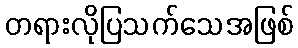
တရားလိုပြသက်သေအဖြစ်